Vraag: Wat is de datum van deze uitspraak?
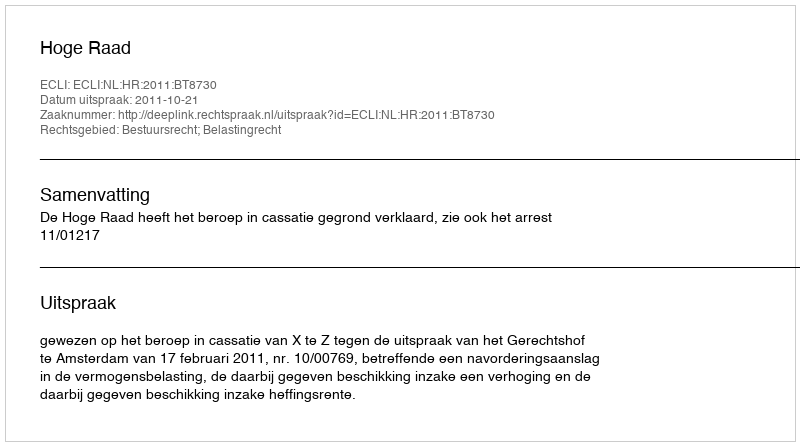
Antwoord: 2011-10-21